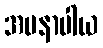
အမနာပါယ